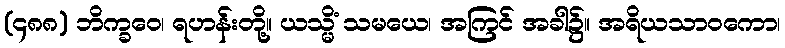
(၄၈၈) ဘိက္ခဝေ၊ ရဟန်းတို့။ ယသ္မိံ သမယေ၊ အကြင် အခါ၌။ အရိယသာဝကော၊